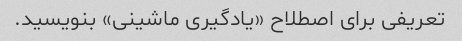
تعریفی برای اصطلاح «یادگیری ماشینی» بنویسید.